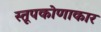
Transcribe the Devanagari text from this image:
स्तूपकोणाकार